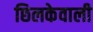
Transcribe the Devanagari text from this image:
छिलकेवाली